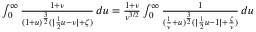
\begin{array} { r } { \int _ { 0 } ^ { \infty } \frac { 1 + \nu } { ( 1 + u ) ^ { \frac { 3 } { 2 } } ( | \frac { 1 } { 2 } u - \nu | + \zeta ) } \, d u = \frac { 1 + \nu } { \nu ^ { 3 / 2 } } \int _ { 0 } ^ { \infty } \frac { 1 } { ( \frac { 1 } { \nu } + u ) ^ { \frac { 3 } { 2 } } ( | \frac { 1 } { 2 } u - 1 | + \frac { \zeta } { \nu } ) } \, d u } \end{array}